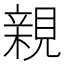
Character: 親